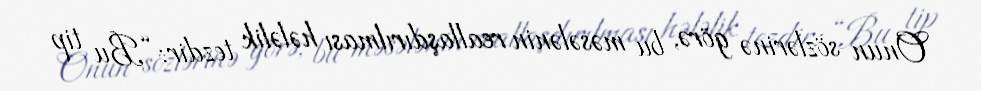
Onun sözlərinə görə, bu məsələnin reallaşdırılması hələlik tezdir: “Bu tip